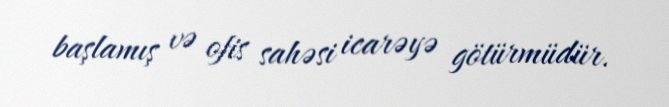
başlamış və ofis sahəsi icarəyə götürmüdür.